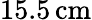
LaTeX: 15.5\, \mathrm{cm}